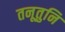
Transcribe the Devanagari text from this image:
तनूतुनि